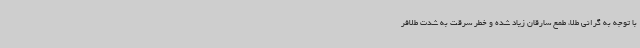
با توجه به گرانی طلا، طمع سارقان زیاد شده و خطر سرقت به شدت طلافر